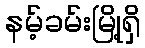
နမ့်ခမ်းမြို့ရှိ